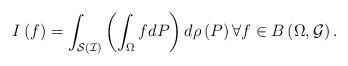
LaTeX: \begin{align*}I\left( f\right) =\int_{\mathcal{S}\left( \mathcal{I}\right) }\left(\int_{\Omega }fdP\right) d\rho \left( P\right) \forall f\in B\left(\Omega ,\mathcal{G}\right) . \end{align*}